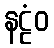
နဠံဝ